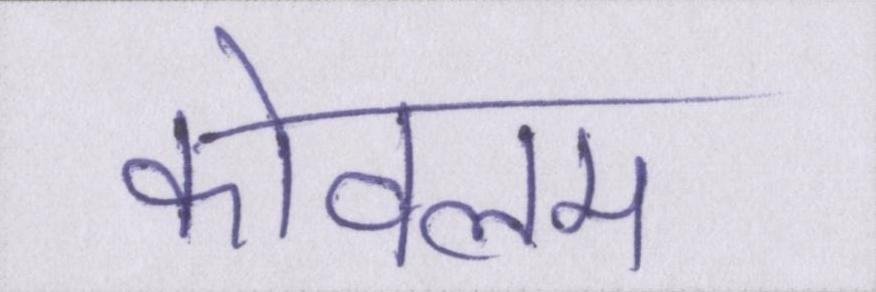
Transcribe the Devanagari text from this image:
कोवलम